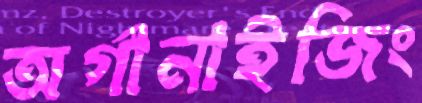
অর্গানাইজিং